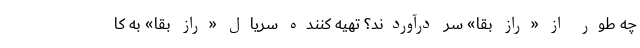
چه طور از «راز بقا» سر درآوردند؟ تهیه کننده سریال «راز بقا» به کا